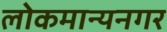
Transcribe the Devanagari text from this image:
लोकमान्यनगर